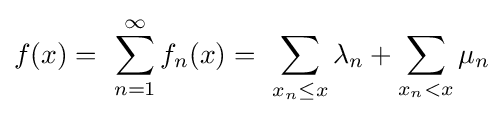
f(x)=\,\,\sum _{n=1}^{\infty }f_{n}(x)=\,\,\sum _{x_{n}\leq x}\lambda _{n}+\sum _{x_{n}<x}\mu _{n}